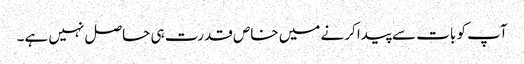
آپ کو بات سے پیدا کرنے میں خاص قدرت ہی حاصل نہیں ہے۔